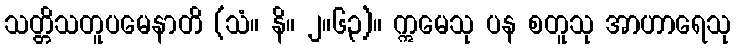
သတ္တိသတူပမေနာတိ (သံ။ နိ။ ၂။၆၃)။ ဣမေသု ပန စတူသု အာဟာရေသု